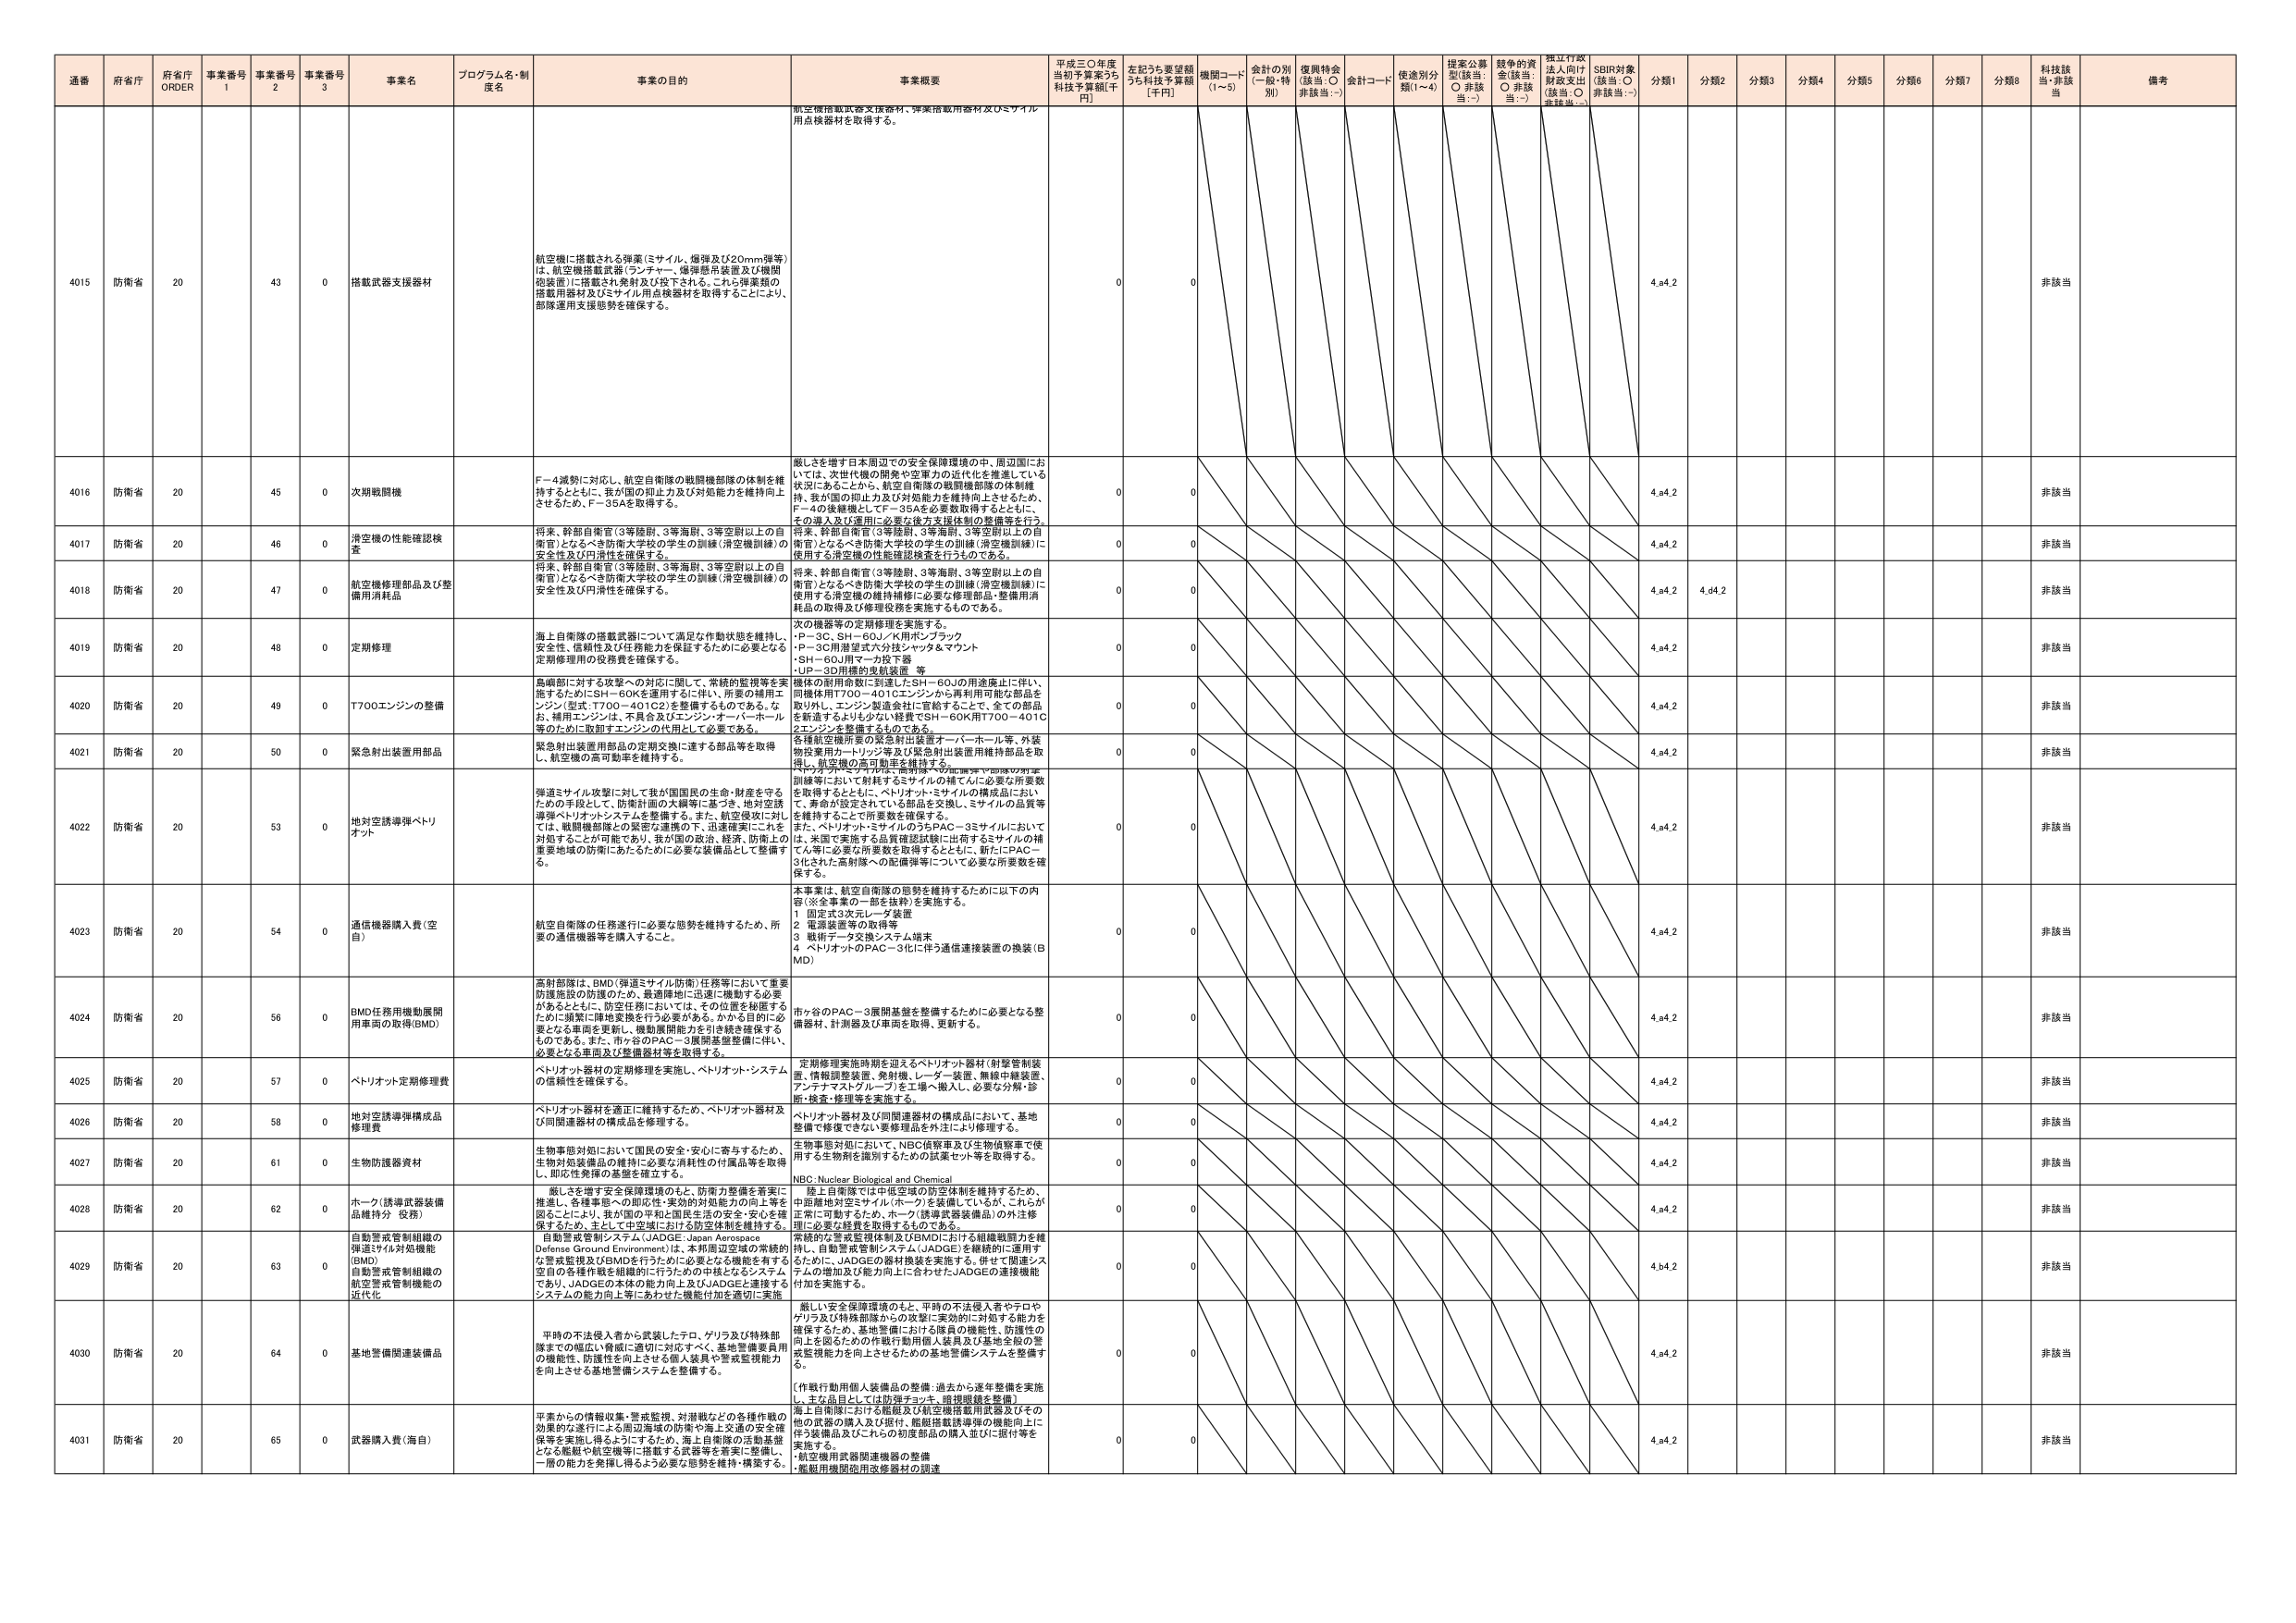
通番 府省庁 府省庁 ORDER 事業番号 1 事業番号 2 事業番号 3 事業名 プログラム名・制度名 事業の目的 事業概要 平成三〇年度 当初予算案うち 科技予算額[千円] 左記うち要望額 うち科技予算額 [千円] 機関コード (1~5) 会計の別 (一般・特別) 復興特会 (該当：〇 非該当：-) 会計コード 使途別分類(1~4) 提案公募型(該当：〇 非該当：-) 競争的資金(該当：〇 非該当：-) 独立行政法人向け財政支出(該当：〇 非該当：-) SDBIR対象(該当：〇 非該当：-) 分類1 分類2 分類3 分類4 分類5 分類6 分類7 分類8 科技該当・非該当 備考

4015 防衛省 20 43 0 搭載武器支援器材 航空機に搭載される弾薬(ミサイル、爆弾及び20mm弾等)は、航空機搭載武器(ランチャー、爆弾懸吊装置及び機関砲装置)に搭載され発射及び投下される。これら弾薬類の搭載用器材及びミサイル用点検器材を取得することにより、部隊運用支援能力を確保する。 航空機搭載武器支援器材、弾薬搭載用器材及びミサイル用点検器材を取得する。 0 0 4.a4.2 非該当

4016 防衛省 20 45 0 次期戦闘機 F－4減勢に対応し、航空自衛隊の戦闘機部隊の体制を維持するとともに、我が国の抑止力及び対処能力を維持向上させるため、F－35Aを取得する。 厳しさを増す日本周辺での安全保障環境の中、周辺国においては、次世代機の開発や空軍力の近代化を推進している状況にあることから、航空自衛隊の戦闘機部隊の体制維持、我が国の抑止力及び対処能力を維持向上させるため、F－4の後継機としてF－35Aを必要数取得するとともに、その導入及び運用に必要な後方支援体制の整備等を行う。 0 0 4.a4.2 非該当

4017 防衛省 20 46 0 滑空機の性能確認検査 将来、幹部自衛官(3等陸尉、3等海尉、3等空尉以上の自衛官)となるべき防衛大学校の学生の訓練(滑空機訓練)の安全性及び円滑性を確保する。 将来、幹部自衛官(3等陸尉、3等海尉、3等空尉以上の自衛官)となるべき防衛大学校の学生の訓練(滑空機訓練)に使用する滑空機の性能確認検査を行うものである。 0 0 4.a4.2 非該当

4018 防衛省 20 47 0 航空機修理部品及び整備用消耗品 将来、幹部自衛官(3等陸尉、3等海尉、3等空尉以上の自衛官)となるべき防衛大学校の学生の訓練(滑空機訓練)の安全性及び円滑性を確保する。 将来、幹部自衛官(3等陸尉、3等海尉、3等空尉以上の自衛官)となるべき防衛大学校の学生の訓練(滑空機訓練)に使用する滑空機の維持補修に必要な修理部品・整備用消耗品の取得及び修理役務を実施するものである。 0 0 4.a4.2 4.d4.2 非該当

4019 防衛省 20 48 0 定期修理 海上自衛隊の搭載武器について満足な作動状態を維持し、安全性、信頼性及び任務能力を保証するために必要となる定期修理用の役務費を確保する。 次の機器等の定期修理を実施する。 ・P－3C、SH－60J／K用ポンプラック ・P－3C用港壁式六分法シマッタ＆マウント ・SH－60J用マーカ投下器 ・UP－3D用機的曳航装置 等 0 0 4.a4.2 非該当

4020 防衛省 20 49 0 T700エンジンの整備 島嶼部に対する攻撃への対応に関して、常続的監視等を実施するためにSH－60Kを運用するに伴い、所要の補用エンジン(型式：T700－401C2)を整備するものである。なお、補用エンジンは、不具合及びエンジン・オーバーホール等のために取卸すエンジンの代用として必要である。 機体の耐用年数に到達したSH－60Jの用途廃止に伴い、同機体用T700－401Cエンジンから再利用可能な部品を取り外し、エンジン製造会社に寄給することで、全ての部品を新造するよりも少ない経費でSH－60K用T700－401Cエンジンを整備するものである。 0 0 4.a4.2 非該当

4021 防衛省 20 50 0 緊急射出装置用部品 緊急射出装置用部品の定期交換に達する部品等を取得し、航空機の高可動率を維持する。 各種航空機所要の緊急射出装置オーバーホール等、外装物搭載用カバー・リジ等及び緊急射出装置用維持部品を取得し、航空機の高可動率を維持する。 0 0 4.a4.2 非該当

4022 防衛省 20 53 0 地対空誘導弾ペトリオット 弾道ミサイル攻撃に対して我が国国民の生命・財産を守るための手段として、防衛計画の大綱等に基づき、地対空誘導弾ペトリオットシステムを整備する。また、航空侵攻に対しては、戦闘機部隊との緊密な連携の下、迅速確実にこれを対処することが可能であり、我が国の政治、経済、防衛上の重要地域の防衛にあたるために必要な装備品として整備する。 訓練等において射耗するミサイルの補てんに必要な所要数を取得するとともに、ペトリオット・ミサイルの構成品におい て、寿命が設定されている部品を交換し、ミサイルの品質等を維持することで所要数を確保する。 また、ペトリオット・ミサイルのうちPAC－3ミサイルにおいては、米国で実施する品質確認試験に出荷するミサイルの補てん等に必要な所要数を取得するとともに、新たにPAC－3化された高射隊への配備弾等について必要な所要数を確保する。 0 0 4.a4.2 非該当

4023 防衛省 20 54 0 通信機器購入費(空自) 航空自衛隊の任務遂行に必要な態勢を維持するため、所要の通信機器等を購入すること。 本事業は、航空自衛隊の態勢を維持するために以下の内容(※全事業の一部を抜粋)を実施する。 1 固定式3次元レーダー装置 2 電源装置等の取得等 3 戦術データ交換システム端末 4 ペトリオットのPAC－3化に伴う通信連接装置の換装(BMD) 0 0 4.a4.2 非該当

4024 防衛省 20 56 0 BMD任務用機動展開用車両の取得(BMD) 高射部隊は、BMD(弾道ミサイル防衛)任務等において重要防護施設の防護のため、最適陣地に迅速に機動する必要があるとともに、防衛任務においては、その位置を秘匿するために頻繁に陣地変換を行う必要がある。かかる目的に必要となる車両を更新し、機動展開能力を引き続き確保するものである。また、市ヶ谷のPAC－3展開基盤整備に伴い、必要となる車両及び整備器材等を取得する。 市ヶ谷のPAC－3展開基盤を整備するために必要となる整備器材、計測器及び車両を取得、更新する。 0 0 4.a4.2 非該当

4025 防衛省 20 57 0 ペトリオット定期修理費 ペトリオット器材の定期修理を実施し、ペトリオット・システムの信頼性を確保する。 定期修理実施時期を迎えるペトリオット器材(射撃管制装置、情報調整装置、発射機、レーダー装置、無線中継装置、アンテナマスト・グループ)を工場へ搬入し、必要な分解・診断・検査・修理等を実施する。 0 0 4.a4.2 非該当

4026 防衛省 20 58 0 地対空誘導弾構成品修理費 ペトリオット器材を適正に維持するため、ペトリオット器材及び同関連器材の構成品を修理する。 ペトリオット器材及び同関連器材の構成品において、基地整備で修復できない要修理品を外注により修理する。 0 0 4.a4.2 非該当

4027 防衛省 20 61 0 生物防護資器材 生物事態対応において国民の安全・安心に寄与するため、生物対処装備品の維持に必要な消耗性の付属品等を取得し、即応性発揮の基盤を確立する。 生物事態対応において、NBC偵察車及び生物偵察車で使用する生物対策を識別するための試薬セット等を取得する。 NBC: Nuclear Biological and Chemical 0 0 4.a4.2 非該当

4028 防衛省 20 62 0 ホーク(誘導武器装備品維持分 役務) 厳しさを増す安全保障環境のもと、防衛力整備を着実に推進し、各種事態への即応性・実効的対処能力の向上等を図ることにより、我が国の平和と国民生活の安全・安心を確保するため、主として中空域における防空体制を維持する。 陸上自衛隊では中低空域の防空体制を維持するため、中部離地対空ミサイル(ホーク)を装備しているが、これが正常に可動するため、ホーク(誘導武器装備品)の外注修理に必要な経費を取得するものである。 0 0 4.a4.2 非該当

4029 防衛省 20 63 0 自動警戒管制組織の弾道ミサイル対処機能(BMD) 自動警戒管制組織の航空警戒管制機能の近代化 自動警戒管制システム(JADGE: Japan Aerospace Defense Ground Environment)は、本邦周辺空域の常続的な警戒監視及びBMDを行うために必要となる機能を有する全自の各種作戦を組織的に行うための中核となるシステムであり、JADGEの本体の能力向上及びJADGEと連携するシステムの能力向上等にあわせた機能付加を適切に実施。 深遠的な警戒監視体制及びBMDにおける組織戦闘力を維持し、自動警戒管制システム(JADGE)を継続的に運用するために、JADGEの器材換装を実施する。併せて関連システムの増加及び能力向上に合わせたJADGEの連接機能付加を実施する。 0 0 4.b4.2 非該当

4030 防衛省 20 64 0 基地警備関連装備品 平時の不法侵入者から武装したテロ、ゲリラ及び特殊部隊までの幅広い脅威に適切に対応すべく、基地警備要員用の機能性、防護性を向上させる個人装具や警戒監視能力を向上させる基地警備システムを整備する。 厳しい安全保障環境のもと、平時の不法侵入者やテロやゲリラ及び特殊部隊からの攻撃に実効的に対処する能力を確保するため、基地警備における隊員の機能性、防護性の向上を図るとともに、装具及び基地全体の警戒監視能力を向上させるための基地警備システムを整備する。 (作戦行動用個人装備品の整備・過去から逐年整備を実施し、主な品目としては防弾チョッキ、暗視眼鏡を整備) 0 0 4.a4.2 非該当

4031 防衛省 20 65 0 武器購入費(海自) 平素からの情報収集・警戒監視、対潜戦などの各種作戦の効果的な遂行による周辺海域の防衛や海上交通の安全確保等を実施し得るようにするため、海上自衛隊の活動基盤となる艦艇や航空機等に搭載する武器等を着実に整備し、一層の能力を発揮し得るよう必要な態勢を維持・構築する。 海上自衛隊における艦艇及び航空機搭載用武器及びその他の武器の購入及び据付、艦艇搭載誘導弾の機能向上に伴う装備品及びこれらの初度部品の購入並びに据付等を実施する。 ・航空機用武器関連機器の整備 ・艦艇用機関砲用改修器材の調達 0 0 4.a4.2 非該当